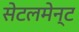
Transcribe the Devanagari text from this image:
सेटलमेन्ट